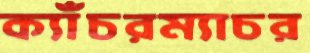
ক্যাঁচরম্যাচর